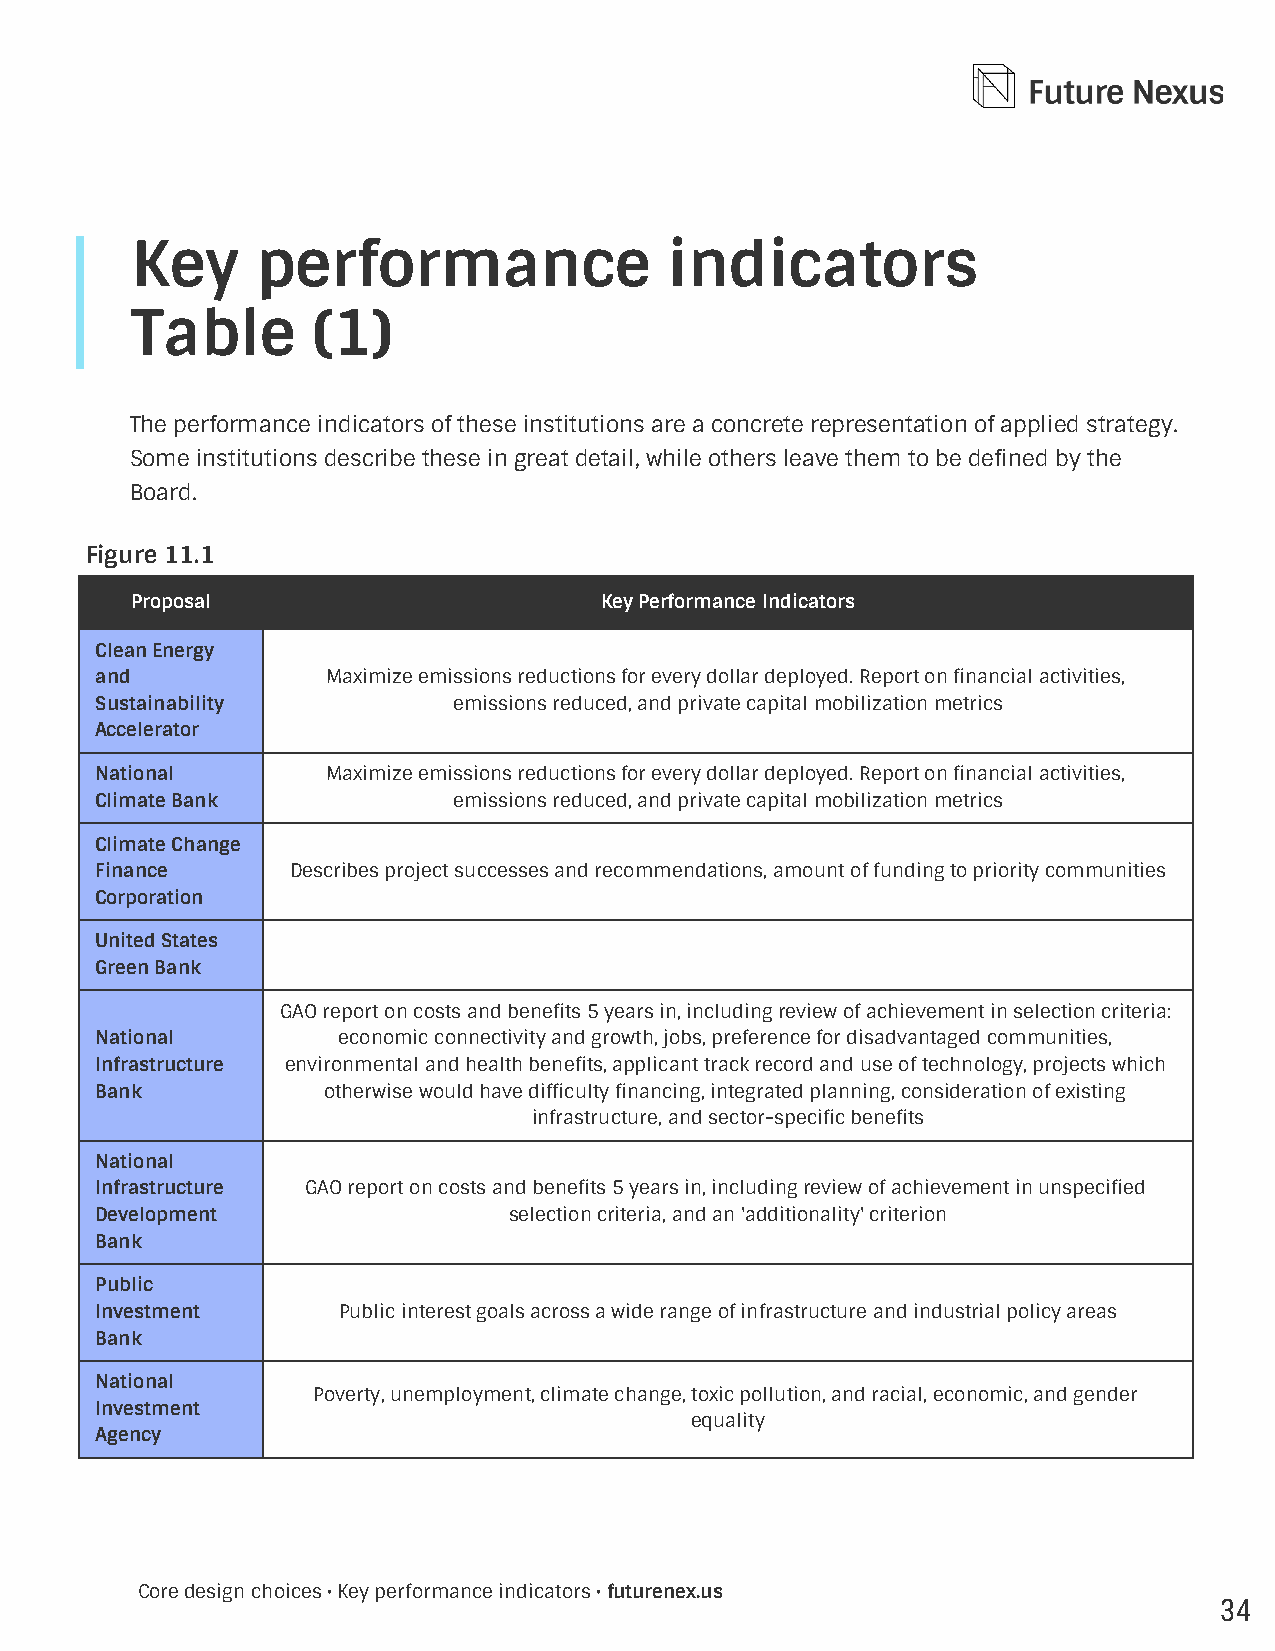
Key     performance                indicators
 Table       (1)
 The performance indicators of these institutions are a concrete representation of applied strategy.
 Some institutions describe these in great detail, while others leave them to be defined by the
 Board.
 Figure 11.1
 Proposal                       Key Performance Indicators
 Clean Energy
 and             Maximize emissions reductions for every dollar deployed. Report on nancial activities,
 Sustainability          emissions reduced, and private capital mobilization metrics
 Accelerator
 National        Maximize emissions reductions for every dollar deployed. Report on nancial activities,
 Climate Bank            emissions reduced, and private capital mobilization metrics
 Climate Change
 Finance      Describes project successes and recommendations, amount of funding to priority communities
 Corporation
 United States
 Green Bank
 GAO report on costs and benets 5 years in, including review of achievement in selection criteria:
 National        economic connectivity and growth, jobs, preference for disadvantaged communities,
 Infrastructure environmental and health benets, applicant track record and use of technology, projects which
 Bank           otherwise would have difculty nancing, integrated planning, consideration of existing
 infrastructure, and sector-specic benets
 National
 Infrastructure GAO report on costs and benets 5 years in, including review of achievement in unspecied
 Development                 selection criteria, and an 'additionality' criterion
 Bank
 Public
 Investment      Public interest goals across a wide range of infrastructure and industrial policy areas
 Bank
 National
 Poverty, unemployment, climate change, toxic pollution, and racial, economic, and gender
 Investment
 equality
 Agency
 Core design choices • Key performance indicators • futurenex.us
 34